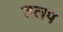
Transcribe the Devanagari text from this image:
तलप